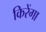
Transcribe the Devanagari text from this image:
किरेंगा